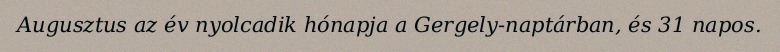
Augusztus az év nyolcadik hónapja a Gergely-naptárban, és 31 napos.